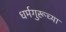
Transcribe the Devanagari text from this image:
धर्मगुरूच्या